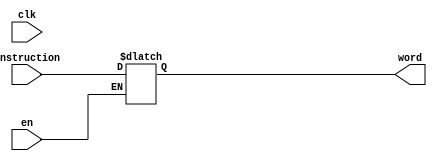
module ir(en,word,instruction,clk);
	input en,clk;
	output reg [15:0] word;
	input [15:0] instruction;
	
	always@(*) begin
		if(en) word=instruction;
	end
endmodule